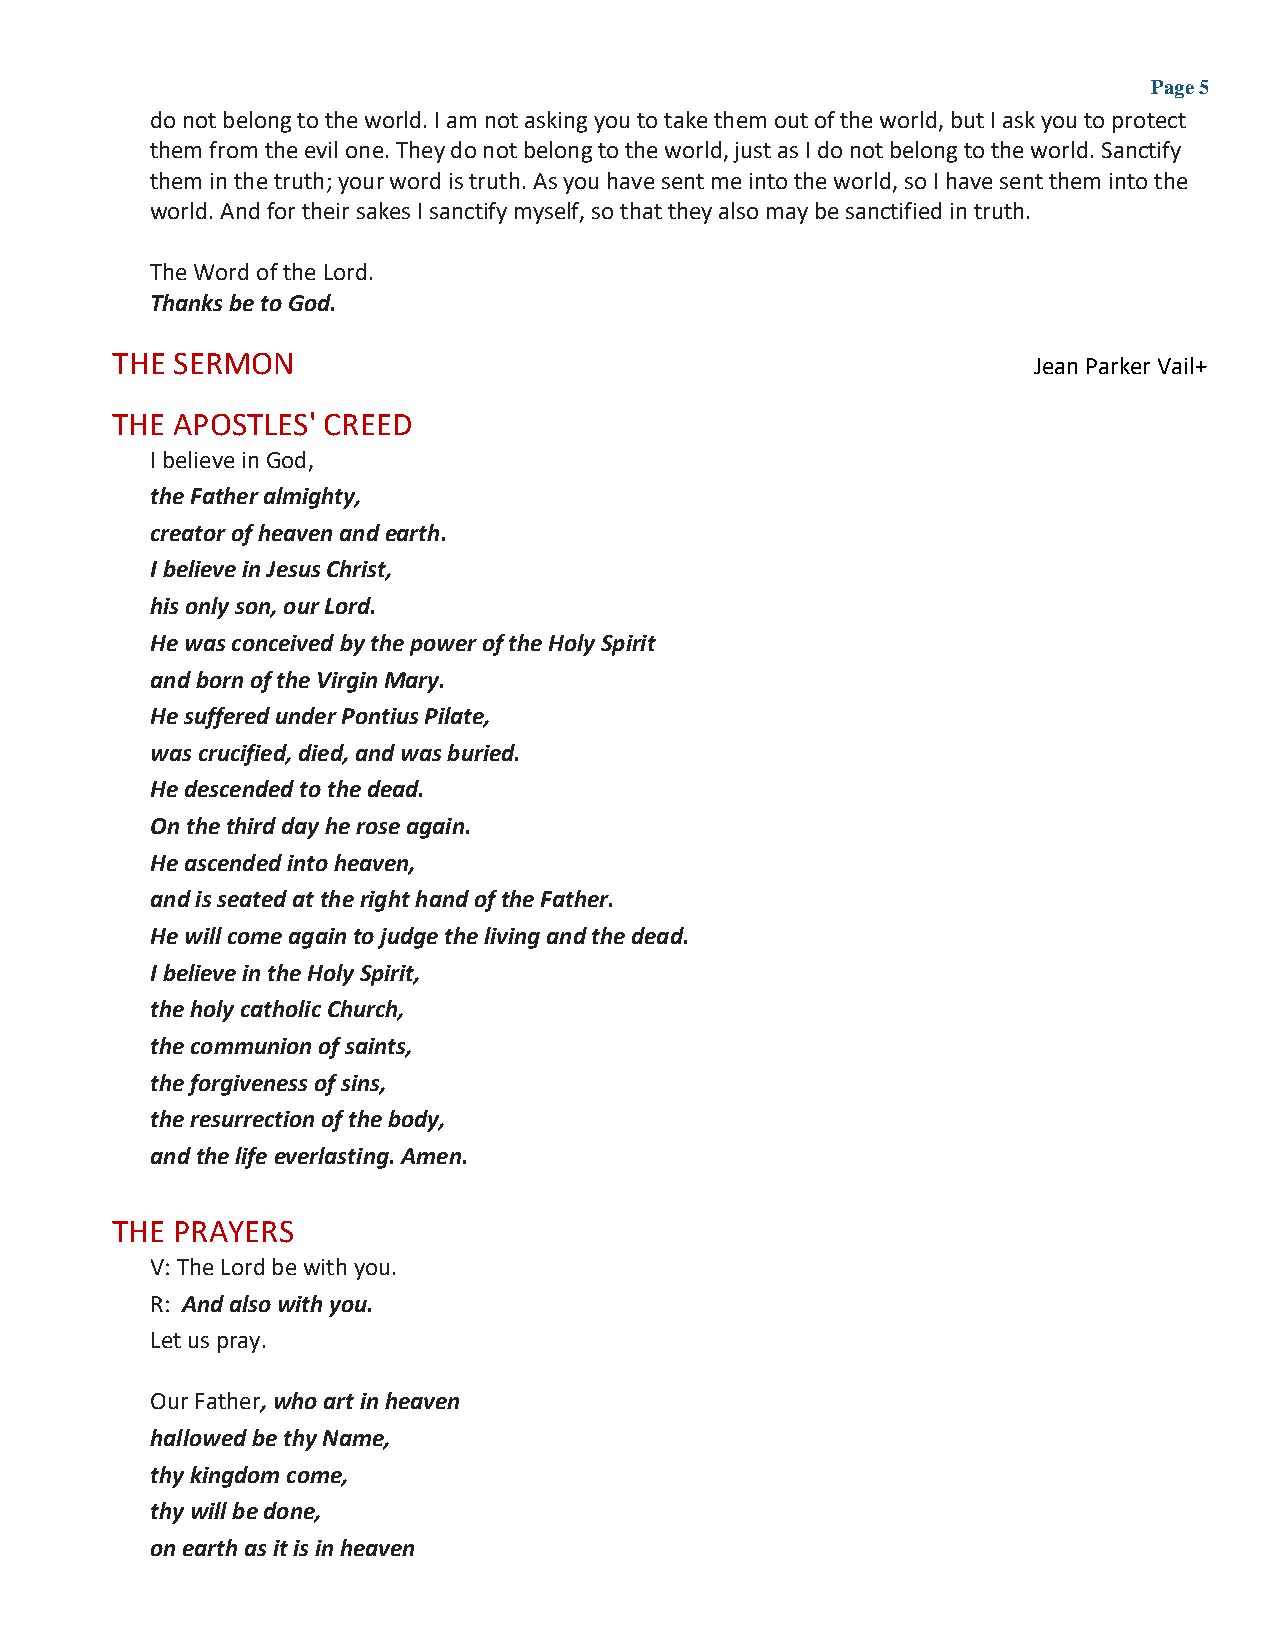
Page 5
 do not belong to the world. I am not asking you to take them out of the world, but I ask you to protect
 them from the evil one. They do not belong to the world, just as I do not belong to the world. Sanctify
 them in the truth; your word is truth. As you have sent me into the world, so I have sent them into the
 world. And for their sakes I sanctify myself, so that they also may be sanctified in truth.
 The Word of the Lord.
 Thanks be to God.
 THE SERMON                                                   Jean Parker Vail+
 THE APOSTLES' CREED
 I believe in God,
 the Father almighty,
 creator of heaven and earth.
 I believe in Jesus Christ,
 his only son, our Lord.
 He was conceived by the power of the Holy Spirit
 and born of the Virgin Mary.
 He suffered under Pontius Pilate,
 was crucified, died, and was buried.
 He descended to the dead.
 On the third day he rose again.
 He ascended into heaven,
 and is seated at the right hand of the Father.
 He will come again to judge the living and the dead.
 I believe in the Holy Spirit,
 the holy catholic Church,
 the communion of saints,
 the forgiveness of sins,
 the resurrection of the body,
 and the life everlasting. Amen.
 THE PRAYERS
 V: The Lord be with you.
 R: And also with you.
 Let us pray.
 Our Father, who art in heaven
 hallowed be thy Name,
 thy kingdom come,
 thy will be done,
 on earth as it is in heaven